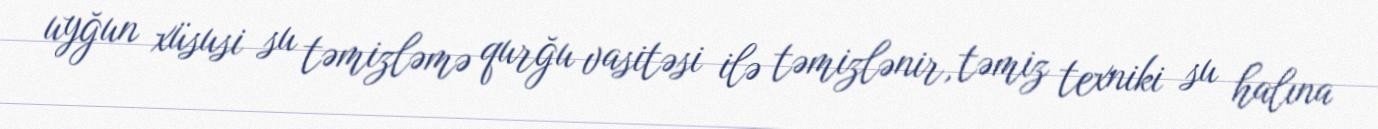
uyğun xüsusi su təmizləmə qurğu vasitəsi ilə təmizlənir, təmiz texniki su halına